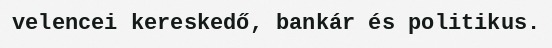
velencei kereskedő, bankár és politikus.